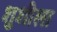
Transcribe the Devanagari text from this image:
शुशीला